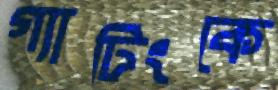
গ্যাটিংকে